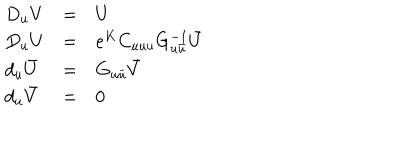
\begin{array} { l l l } { { D _ { u } V } } & { { = } } & { { U } } \\ { { D _ { u } U } } & { { = } } & { { e ^ { K } C _ { u u u } G _ { u { \bar { u } } } ^ { - 1 } { \bar { U } } } } \\ { { d _ { u } { \bar { U } } } } & { { = } } & { { G _ { u { \bar { u } } } { \bar { V } } } } \\ { { d _ { u } { \bar { V } } } } & { { = } } & { { 0 } } \\ \end{array}